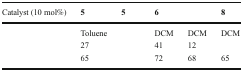
<table><thead><tr><td><b>Catalyst (10 mol%)</b></td><td><b>5</b></td><td><b>5</b></td><td><b>6</b></td><td>[EMPTY_CELL]</td><td><b>8</b></td></tr></thead><tbody><tr><td>[EMPTY_CELL]</td><td>Toluene</td><td>[EMPTY_CELL]</td><td>DCM</td><td>DCM</td><td>DCM</td></tr><tr><td>[EMPTY_CELL]</td><td>27</td><td>[EMPTY_CELL]</td><td>41</td><td>12</td><td>[EMPTY_CELL]</td></tr><tr><td>[EMPTY_CELL]</td><td>65</td><td>[EMPTY_CELL]</td><td>72</td><td>68</td><td>65</td></tr></tbody></table>